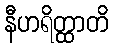
နီဟရိတ္ထာတိ